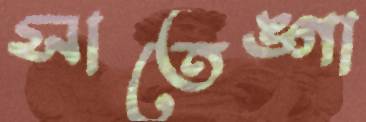
সাতেঙ্গা